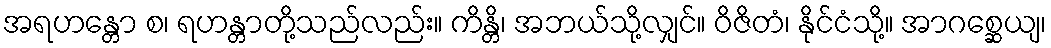
အရဟန္တော စ၊ ရဟန္တာတို့သည်လည်း။ ကိန္တိ၊ အဘယ်သို့လျှင်။ ဝိဇိတံ၊ နိုင်ငံသို့။ အာဂစ္ဆေယျ၊